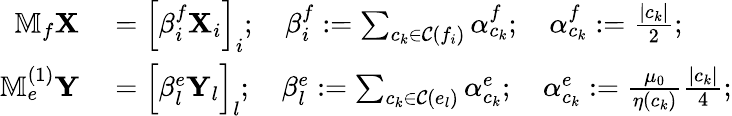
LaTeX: \begin{array}{rl}{\mathbb{M}_{f}\mathbf{X}}&{{}=\left[\beta_{i}^{f}\mathbf{X}_{i}\right]_{i};\quad\beta_{i}^{f}:=\sum_{c_{k}\in\mathcal{C}(f_{i})}\alpha_{c_{k}}^{f};\quad\alpha_{c_{k}}^{f}:=\frac{|c_{k}|}{2};}\\ {\mathbb{M}_{e}^{(1)}\mathbf{Y}}&{{}={\Big[}\beta_{l}^{e}\mathbf{Y}_{l}{\Big]}_{l};\quad\beta_{l}^{e}:=\sum_{c_{k}\in\mathcal{C}(e_{l})}\alpha_{c_{k}}^{e};\quad\alpha_{c_{k}}^{e}:=\frac{\mu_{0}}{\eta(c_{k})}\frac{|c_{k}|}{4};}\end{array}